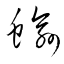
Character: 蝓